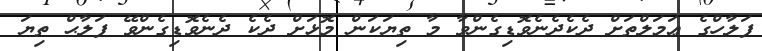
ފަލާހްގެ ޢަމަލްތަށް ދެކެދެނެވޮޑިގެންވާ މާ ތިޔަކަން މޮޅަށް ދެކެ ދެނެވޮޑިގެންވޭ ފަލާޙް ތިޔަ